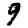
Digit: 9